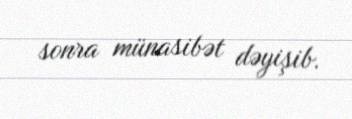
sonra münasibət dəyişib.